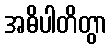
အဓိပါတိတွာ